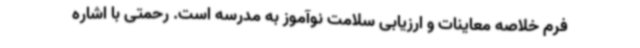
فرم خلاصه معاینات و ارزیابی سلامت نوآموز به مدرسه است. رحمتی با اشاره